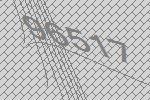
96517